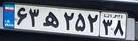
۶۳ه۲۵۲۳۸